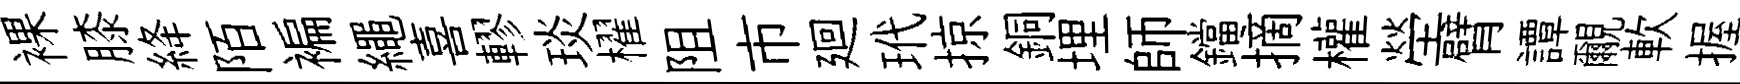
裸膝絳陌褊繩喜轇琰櫂阻市廻玳掠銅埋師鐺摘權塋臂譚覼軟握